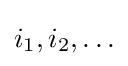
i_{1},i_{2},\ldots